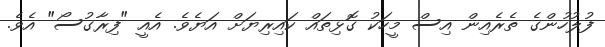
ފުލުހުންގެ ތެރެއިން އިސް މީހަކު ގޮޅިތައް ކައިރިޔަށް އަޔެވެ. އެއީ "ފިރާގުސޯ" އެވެ.